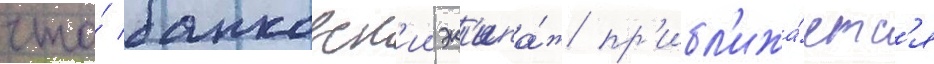
что́ банковск'ии эк'ипа́ж пр'ибл'ижа́етс'я